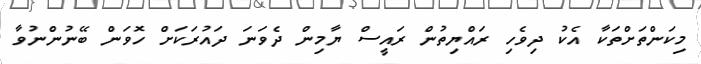
މިކަންތަށްތަކާ އެކު ދިވެހި ރައްޔިތުން ރައީސް ޔާމިން ދެވަނަ ދައުރަކަށް ހޮވަން ބޭނުންނުވާ